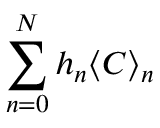
\sum _ { n = 0 } ^ { N } h _ { n } \langle C \rangle _ { n }